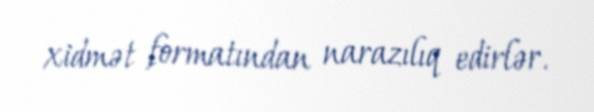
xidmət formatından narazılıq edirlər.